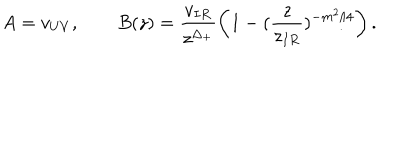
A = v _ { U V } , \qquad B ( z ) = \frac { v _ { I R } } { z ^ { \Delta _ { + } } } \left( 1 - ( \frac { z } { z _ { I R } } ) ^ { - m ^ { 2 } / 4 } \right) .